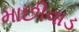
માછીવાડ